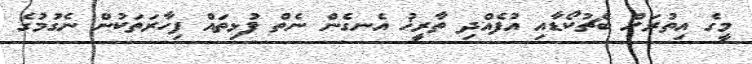
މީގެ އިތުރަށް ބެޗުކޯޑާއި އުފެއްދި ތާރީޚު އެނގެން ނެތް ފުޅިތައް ފިހާރަތަކުން ނެގުމުގެ